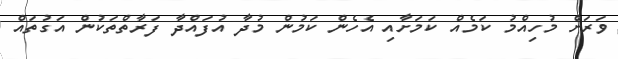
ވަރަށް މުހިއްމު ކަމެއް ކަމަށާއި އެހެން ކަމުން މުދާ އުފައްދާ ފަރާތްތަކުން އަގުތައް